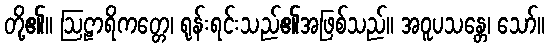
တို့၏။ ဩဠာရိကတ္တေ၊ ရုန်းရင်းသည်၏အဖြစ်သည်။ အဝူပသန္တေ၊ သော်။